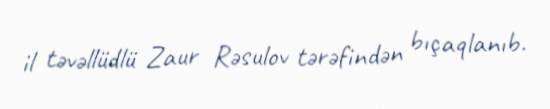
il təvəllüdlü Zaur Rəsulov tərəfindən bıçaqlanıb.